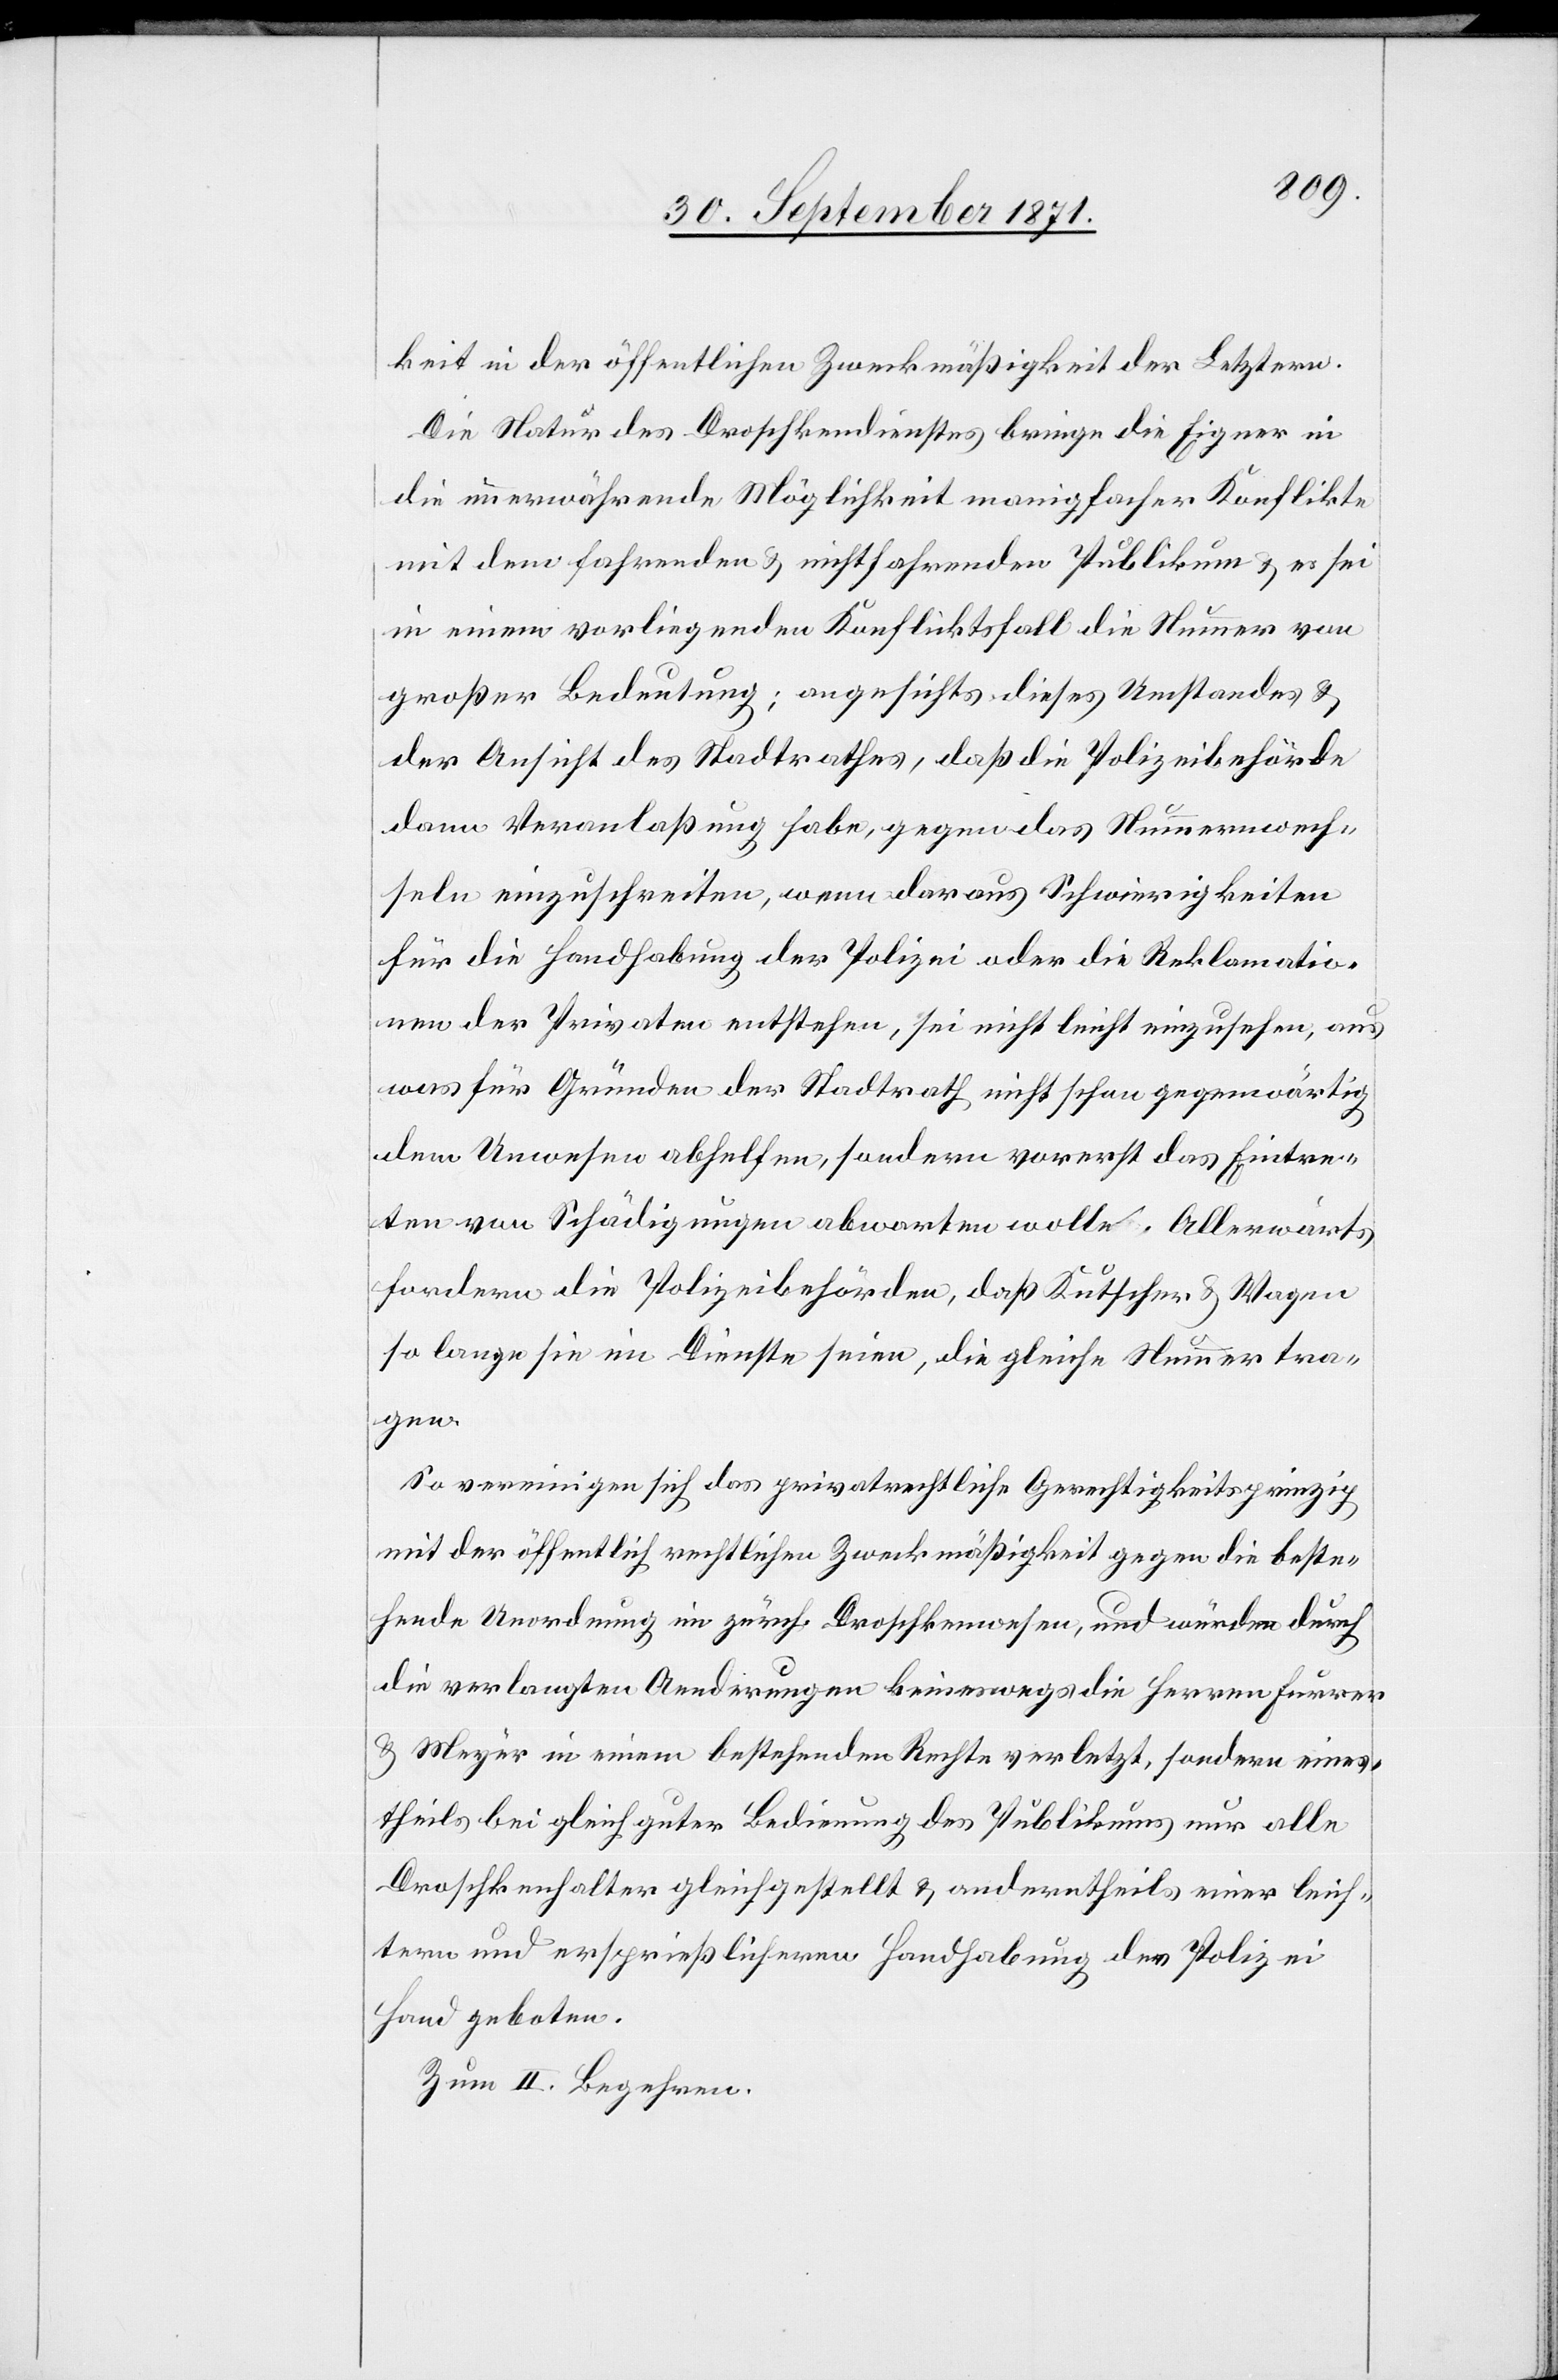
keit in der öffentlichen Zweckmäßigkeit der Letzern.
Die Natur des Droschkenrechtes bringe die Eigner in
die immerwährende Möglichkeit manigfacher Konflikte
mit dem fahrenden & nicht fahrenden Publikum & es sei
in einem vorliegenden Konfliktsfall die Nummer von
großer Bedeutung, angesichts dieses Umstandes &
der Ansicht des Stadtrathes, daß die Polizeibehörde
dann Veranlassung habe, gegen das Nummernwech¬
seln einzuschreiten, wenn daraus Schwierigkeiten
für die Handhabung der Polizei oder die Reklamatio¬
nen der Privaten entstehen, sei nicht leicht einzusehen, aus
was für Gründen der Stadtrath nicht schon gegenwärtig
dem Unwesen abhelfen, sondern vorerst das Eintre¬
ten von Schädigungen abwarten wolle. Allerwärts
fordern die Polizeibehörden, daß Kutscher & Wagen
so lange sie im Dienste seien, die gleiche Nummer tra¬
gen.
So vereinigen sich das privatrechtliche Gerechtigkeitsprinzip
mit der öffentlich rechtlichen Zweckmäßigkeit gegen die beste¬
hende Unordnung im zürch. Droschkenwesen, und würden durch
die verlangten Aenderungen keineswegs die Herren Furrer
& Meyer in einem bestehenden Rechte verletzt, sondern eines¬
theils bei gleich guter Bedingung des Publikums nur alle
Droschkenhalter gleichgestellt & anderntheils einer leich¬
tern und ersprießlicheren Handhabung der Polizei
Hand geboten.
Zum II. Begehren